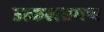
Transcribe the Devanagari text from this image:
उत्कलभ्रमण